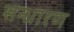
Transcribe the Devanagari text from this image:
सन्‍धारण